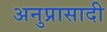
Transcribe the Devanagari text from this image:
अनुप्रासादी